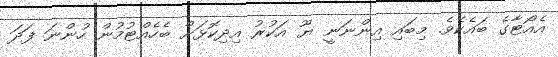
އެއޯޓާގެ ބައެކެވެ. މިބައި އިންނަނީ ޔޫ އަކުރު އިދިކޮޅަށް ބެހެއްޓުމުން ހުންނަ ފަދަ